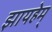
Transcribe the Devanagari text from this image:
झायहेम्